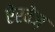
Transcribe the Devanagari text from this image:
ऐरवेज़